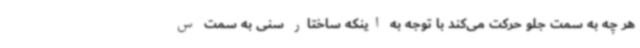
هر چه به سمت جلو حرکت می‌کند با توجه به اینکه ساختار سنی به سمت س